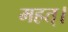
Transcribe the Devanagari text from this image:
महत्।